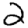
Digit: 2